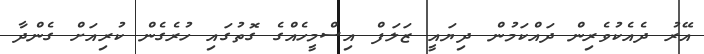
އޭރު ދެއެކުވެރިން ދައްކަމުން ދިޔައީ ޒަލަފް އިސްމީހެއްގެ ގޮތުގައި ހުރެގެން ކުރިއަށް ގެންދާ